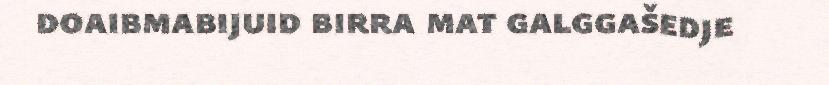
doaibmabijuid birra mat galggašedje